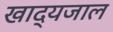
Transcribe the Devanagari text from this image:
खाद्यजाल